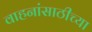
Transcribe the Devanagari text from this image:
वाहनांसाठीच्या